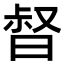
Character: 𣈉